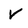
Character: V